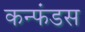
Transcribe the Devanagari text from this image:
कन्फंडस